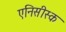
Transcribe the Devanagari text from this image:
एनिसीस्क